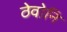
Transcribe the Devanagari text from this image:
ठेवोनि